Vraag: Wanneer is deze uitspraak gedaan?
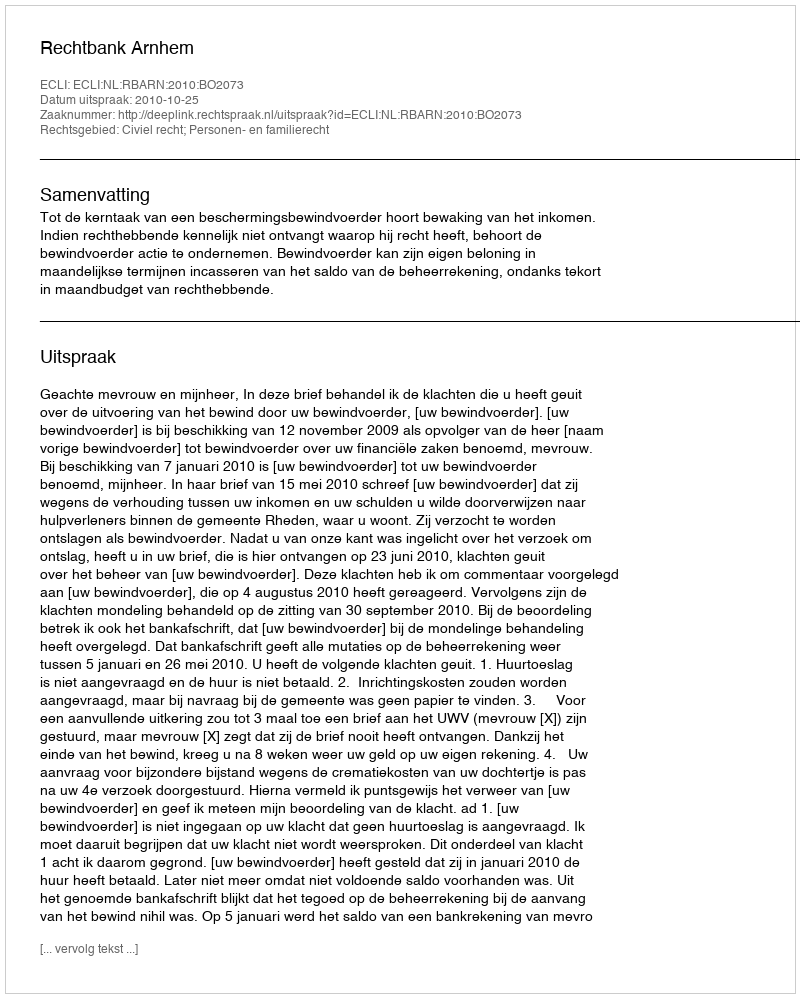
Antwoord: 2010-10-25